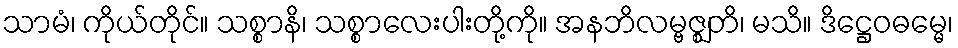
သာမံ၊ ကိုယ်တိုင်။ သစ္စာနိ၊ သစ္စာလေးပါးတို့ကို။ အနဘိလမ္ဗဇ္ဈတိ၊ မသိ။ ဒိဋ္ဌေဝဓမ္မေ၊